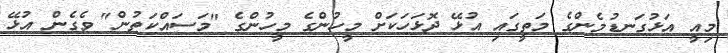
މިއީ އަޅުގަނޑުމެންގެ މަތީގައި އުޅޭ ދޮޅަހަކަށް މީހުންގެ މީހުންގެ "މަސައްކަތުން" ވެގެން އުޅޭ